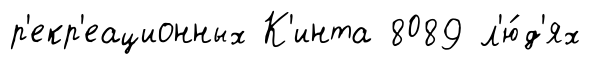
р'екр'еационных К'инта 8089 л'ю́д'ях